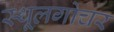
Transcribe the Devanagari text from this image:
स्थूलगोचर